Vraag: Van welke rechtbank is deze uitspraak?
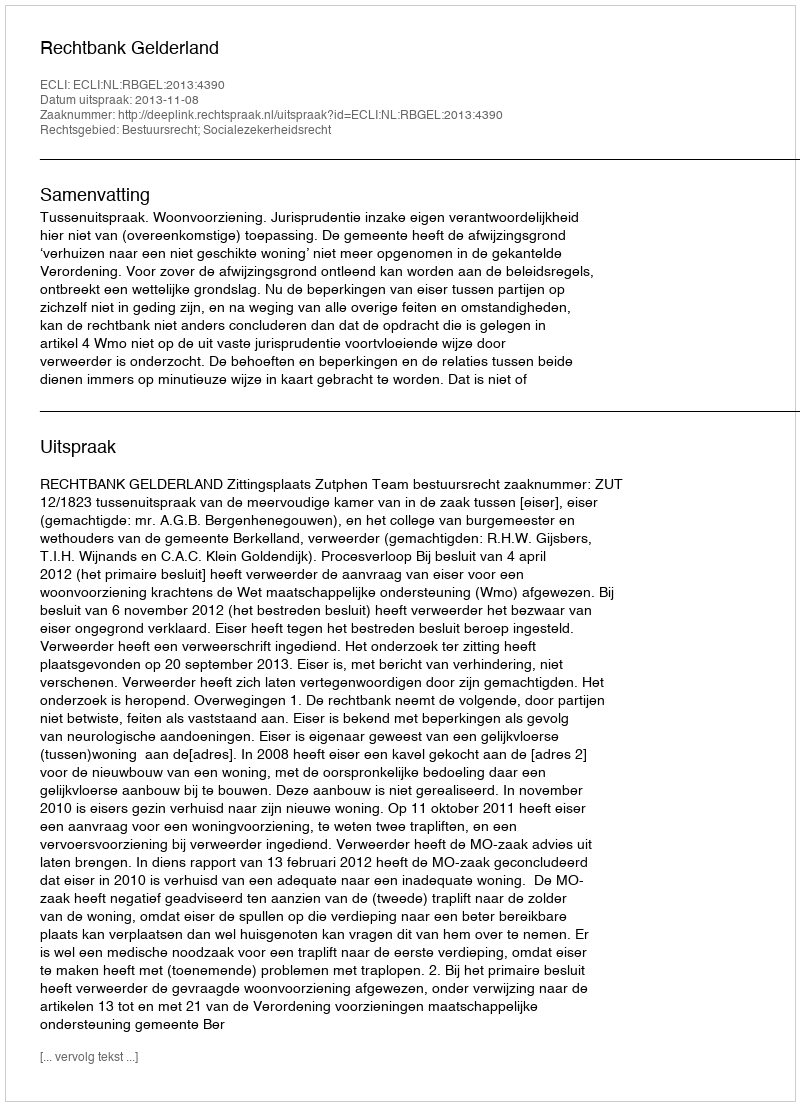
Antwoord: Rechtbank Gelderland